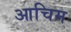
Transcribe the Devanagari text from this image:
आचिम